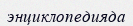
энциклопедияда